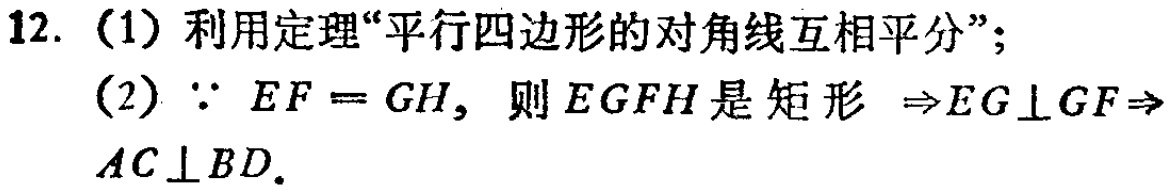
12. (1) 利用定理“平行四边形的对角线互相平分”；
(2) $\because EF = GH$，则$EGFH$是矩形 $\Rightarrow EG\perp GF\Rightarrow AC\perp BD$.